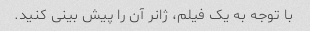
با توجه به یک فیلم، ژانر آن را پیش بینی کنید.